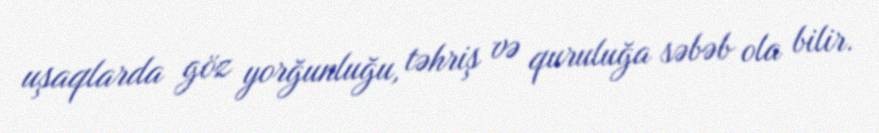
uşaqlarda göz yorğunluğu, təhriş və quruluğa səbəb ola bilir.